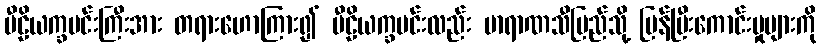
ပီဠိယက္ခမင်းကြီးအား တရားဟောကြား၍ ပီဠိယက္ခမင်းလည်း ဗာရာဏသီပြည်သို့ ပြန်ပြီးကောင်းမှုများကို